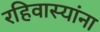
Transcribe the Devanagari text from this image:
रहिवास्यांना